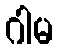
ဂါမ